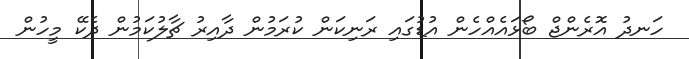
ހަނދު އޮރެންޖް ބޯޅައެއްހެން އުޑުގައި ރަނިކަން ކުރަމުން ދާއިރު ޗާލުކަމުން ދެކޭ މީހުން